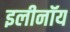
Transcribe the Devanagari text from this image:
इलीनॉय